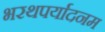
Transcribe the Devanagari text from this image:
भरथपर्यादनम